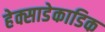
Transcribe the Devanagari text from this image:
हेक्साडेकाडिक